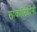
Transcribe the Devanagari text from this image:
सांकलियांनी